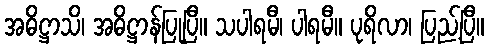
အဓိဋ္ဌာသိ၊ အဓိဋ္ဌာန်ပြုပြီ။ သပါရမီ၊ ပါရမီ။ ပုရိလာ၊ ပြည့်ပြီ။